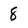
Character: 8